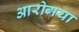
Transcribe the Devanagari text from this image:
आरोगया